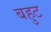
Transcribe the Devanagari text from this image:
बहुट